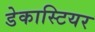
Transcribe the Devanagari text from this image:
डेकास्टियर